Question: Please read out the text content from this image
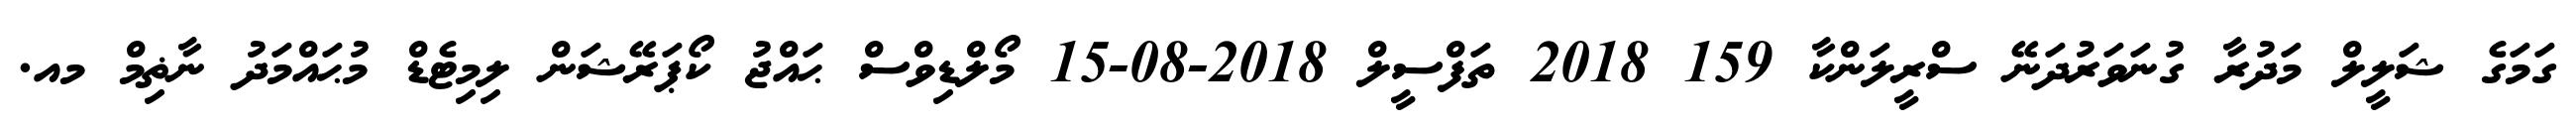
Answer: ގަމަގެ ޝަލީލް މަދުރާ ގުނަވަރުދަނޭ ސްރީލަންކާ 159 2018 ތަފްސީލް 2018-08-15 މޯލްޑިވްސް ޙައްޖު ކޯޕަރޭޝަން ލިމިޓެޑް މުޙައްމަދު ނާޡިމް މއ.